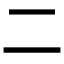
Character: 二